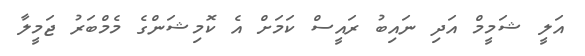
އަލީ ޝަމީމް އަދި ނައިބު ރައީސް ކަމަށް އެ ކޮމިޝަންގެ މެމްބަރު ޖަމީލާ